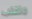
متقلب